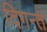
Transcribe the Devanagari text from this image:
दिगन्‍त